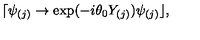
\lceil \psi _ { ( j ) } \rightarrow \exp ( - i \theta _ { 0 } Y _ { ( j ) } ) \psi _ { ( j ) } \rfloor ,